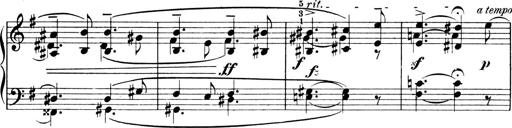
Title: 4 Sonatines
Composer: Max Reger